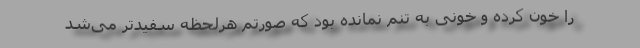
را خون کرده و خونی به تنم نمانده بود که صورتم هرلحظه سفیدتر می‌شد